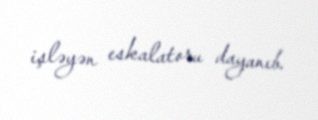
işləyən eskalatoru dayanıb.